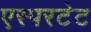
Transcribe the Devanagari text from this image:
एस्परटेट